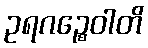
ဥရဂဉ္စေဝါတိ